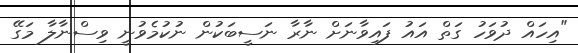
"އިހައް ދުވަހު ގަތް އައު ފައިވާނަށް ނާރާ ނަސީބަކުން ނުކުމެވުނީ ވިސްނާލާ މަގޭ